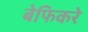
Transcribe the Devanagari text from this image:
बेफिकरे